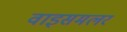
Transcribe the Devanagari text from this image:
वाइसमलर